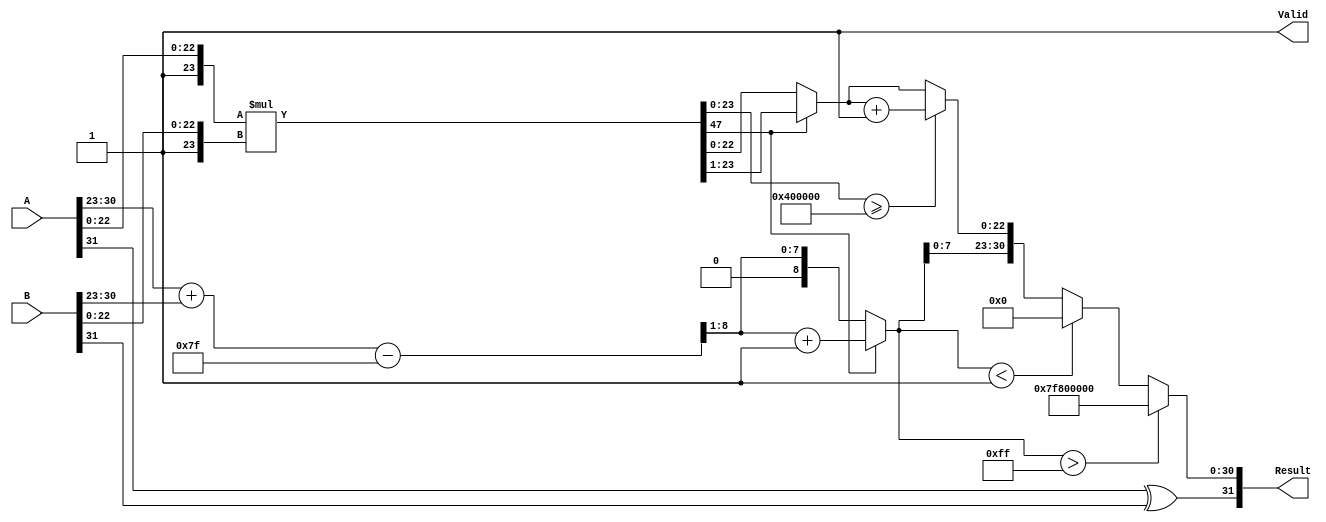
module floating_point_multiplier (
    input  wire [31:0] A,      // Input A (32-bit floating-point)
    input  wire [31:0] B,      // Input B (32-bit floating-point)
    output reg  [31:0] Result,  // Output Result (32-bit floating-point)
    output reg  Valid           // Output Valid signal
);

    // Constants
    localparam BIAS = 127;
    localparam EXPONENT_BITS = 8;
    localparam MANTISSA_BITS = 23;
    localparam MANTISSA_SIZE = MANTISSA_BITS + 1; // Including implicit leading 1

    // Internal signals
    wire signA = A[31];
    wire signB = B[31];
    wire [EXPONENT_BITS-1:0] expA = A[30:23];
    wire [EXPONENT_BITS-1:0] expB = B[30:23];
    wire [MANTISSA_BITS-1:0] mantA = A[22:0];
    wire [MANTISSA_BITS-1:0] mantB = B[22:0];

    wire [MANTISSA_SIZE-1:0] mantA_norm = {1'b1, mantA}; // Normalize A
    wire [MANTISSA_SIZE-1:0] mantB_norm = {1'b1, mantB}; // Normalize B

    // Calculate sign of the result
    wire result_sign = signA ^ signB;

    // Calculate exponent
    wire [EXPONENT_BITS:0] exp_sum = {1'b0, expA} + {1'b0, expB} - BIAS; // Add exponents and subtract bias
    wire [EXPONENT_BITS-1:0] result_exp = exp_sum[EXPONENT_BITS:1]; // Result exponent (shift right)

    // Mantissa multiplication
    wire [2*MANTISSA_SIZE-1:0] mant_product = mantA_norm * mantB_norm;

    // Normalize the mantissa
    reg [MANTISSA_SIZE-1:0] mant_result;
    reg [EXPONENT_BITS:0] final_exp;
    always @(*) begin
        if (mant_product[2*MANTISSA_SIZE-1]) begin
            // If the product is too large, shift right
            mant_result = mant_product[MANTISSA_SIZE-1:1]; // Right shift
            final_exp = result_exp + 1; // Increment exponent
        end else begin
            mant_result = mant_product[MANTISSA_SIZE-2:0]; // Keep mantissa as is
            final_exp = result_exp; // No change in exponent
        end
    end

    // Rounding (round to nearest even)
    reg [MANTISSA_SIZE:0] mant_rounded;
    always @(*) begin
        if (mant_product[MANTISSA_SIZE-1:0] >= (1 << (MANTISSA_BITS - 1))) begin
            mant_rounded = mant_result + 1; // Round up
        end else begin
            mant_rounded = mant_result; // No rounding
        end
    end

    // Assemble the final result
    always @(*) begin
        if (final_exp > 255) begin
            // Overflow: set to infinity
            Result = {result_sign, 8'hFF, 23'b0};
            Valid = 1'b1;
        end else if (final_exp < 1) begin
            // Underflow: set to zero
            Result = {result_sign, 8'b0, 23'b0};
            Valid = 1'b1;
        end else begin
            // Normal case
            Result = {result_sign, final_exp[7:0], mant_rounded[MANTISSA_BITS-1:0]};
            Valid = 1'b1;
        end
    end

endmodule